Vaccination in Burma 1900-1911 - 1900-1911
Year: 1900
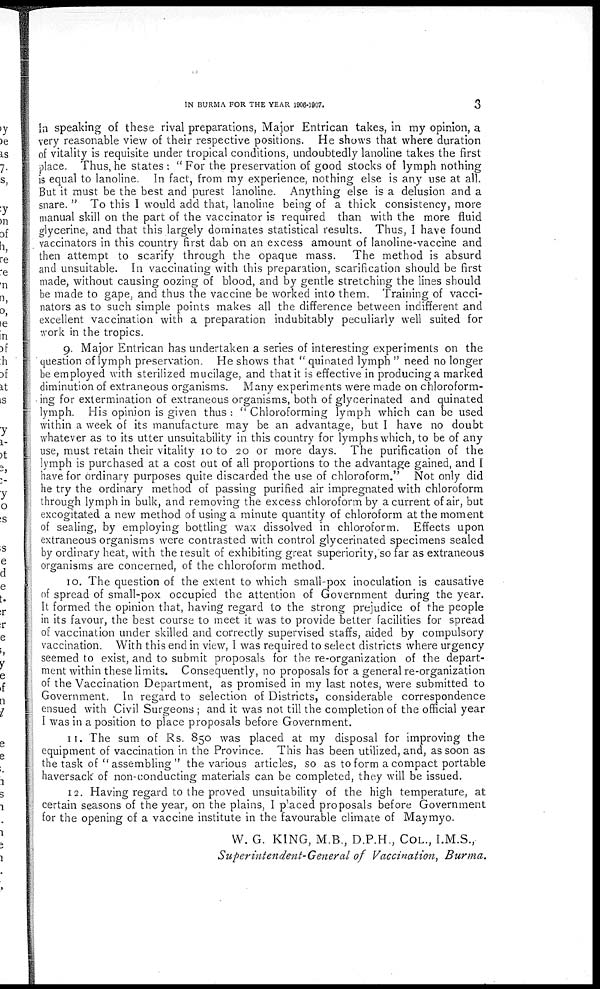
IN BURMA FOR THE YEAR 1906-1907.
3
In speaking of these rival preparations, Major Entrican takes, in my opinion, a
very reasonable view of their respective positions. He shows that where duration
of vitality is requisite under tropical conditions, undoubtedly lanoline takes the first
place. Thus, he states : " For the preservation of good stocks of lymph nothing
is equal to lanoline. In fact, from my experience, nothing else is any use at all.
But it must be the best and purest lanoline. Anything else is a delusion and a
snare. " To this I would add that, lanoline being of a thick consistency, more
manual skill on the part of the vaccinator is required than with the more fluid
glycerine, and that this largely dominates statistical results. Thus, I have found
vaccinators in this country first dab on an excess amount of lanoline-vaccine and
then attempt to scarify through the opaque mass. The method is absurd
and unsuitable. In vaccinating with this preparation, scarification should be first
made, without causing oozing of blood, and by gentle stretching the lines should
be made to gape, and thus the vaccine be worked into them. Training of vacci-
nators as to such simple points makes all the difference between indifferent and
excellent vaccination with a preparation indubitably peculiarly well suited for
work in the tropics.
9. Major Entrican has undertaken a series of interesting experiments on the
question of lymph preservation. He shows that " quinated lymph " need no longer
be employed with sterilized mucilage, and that it is effective in producing a marked
diminution of extraneous organisms. Many experiments were made on chloroform-
ing for extermination of extraneous organisms, both of glycerinated and quinated
lymph. His opinion is given thus : " Chloroforming lymph which can be used
within a week of its manufacture may be an advantage, but I have no doubt
whatever as to its utter unsuitability in this country for lymphs which, to be of any
use, must retain their vitality 10 to 20 or more days. The purification of the
lymph is purchased at a cost out of all proportions to the advantage gained, and I
have for ordinary purposes quite discarded the use of chloroform." Not only did
he try the ordinary method of passing purified air impregnated with chloroform
through lymph in bulk, and removing the excess chloroform by a current of air, but
excogitated a new method of using a minute quantity of chloroform at the moment
of sealing, by employing bottling wax dissolved in chloroform. Effects upon
extraneous organisms were contrasted with control glycerinated specimens sealed
by ordinary heat, with the result of exhibiting great superiority, so far as extraneous
organisms are concerned, of the chloroform method.
10. The question of the extent to which small-pox inoculation is causative
of spread of small-pox occupied the attention of Government during the year.
It formed the opinion that, having regard to the strong prejudice of the people
in its favour, the best course to meet it was to provide better facilities for spread
of vaccination under skilled and correctly supervised staffs, aided by compulsory
vaccination. With this end in view, I was required to select districts where urgency
seemed to exist, and to submit proposals for the re-organization of the depart-
ment within these limits. Consequently, no proposals for a general re-organization
of the Vaccination Department, as promised in my last notes, were submitted to
Government. In regard to selection of Districts, considerable correspondence
ensued with Civil Surgeons ; and it was not till the completion of the official year
I was in a position to place proposals before Government.
11. The sum of Rs. 850 was placed at my disposal for improving the
equipment of vaccination in the Province. This has been utilized, and, as soon as
the task of " assembling " the various articles, so as to form a compact portable
haversack of non-conducting materials can be completed, they will be issued.
12. Having regard to the proved unsuitability of the high temperature, at
certain seasons of the year, on the plains, I placed proposals before Government
for the opening of a vaccine institute in the favourable climate of Maymyo.
W. G. KING, M.B., D.P.H., COL., I.M.S.,
Superintendent-General of Vaccination, Burma.